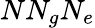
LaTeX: NN_{g}N_{e}